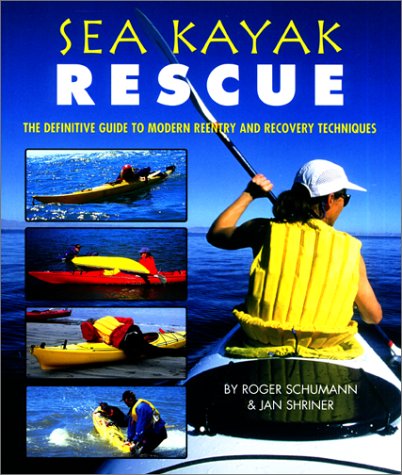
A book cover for Sea Kayak Rescue (Sea Kayaking How- To); Roger Schumann; Sports & Outdoors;